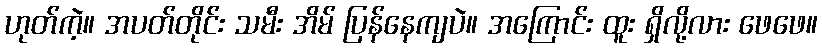
ဟုတ်ကဲ့။ အပတ်တိုင်း သမီး အိမ် ပြန်နေကျပဲ။ အကြောင်း ထူး ရှိလို့လား ဖေဖေ။